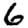
Digit: 6